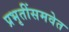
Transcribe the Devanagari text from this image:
प्रभृतींसमवेत